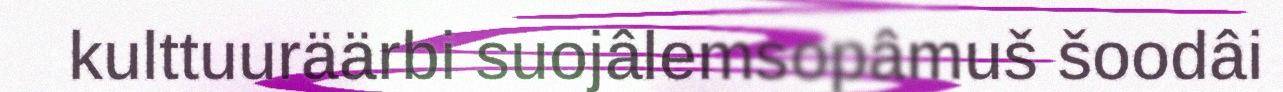
kulttuuräärbi suojâlemsopâmuš šoodâi